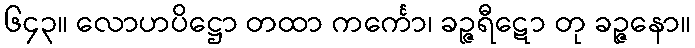
၆၄၃။ လောဟပိဋ္ဌော တထာ ကင်္ကော၊ ခဉ္ဇရီဋော တု ခဉ္ဇနော။